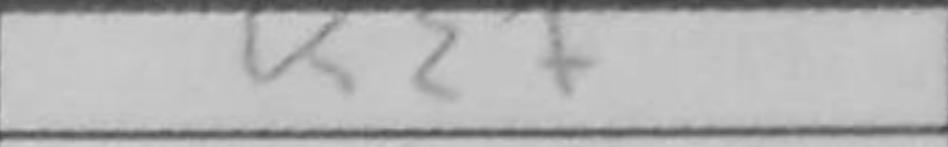
Transcription: K2+